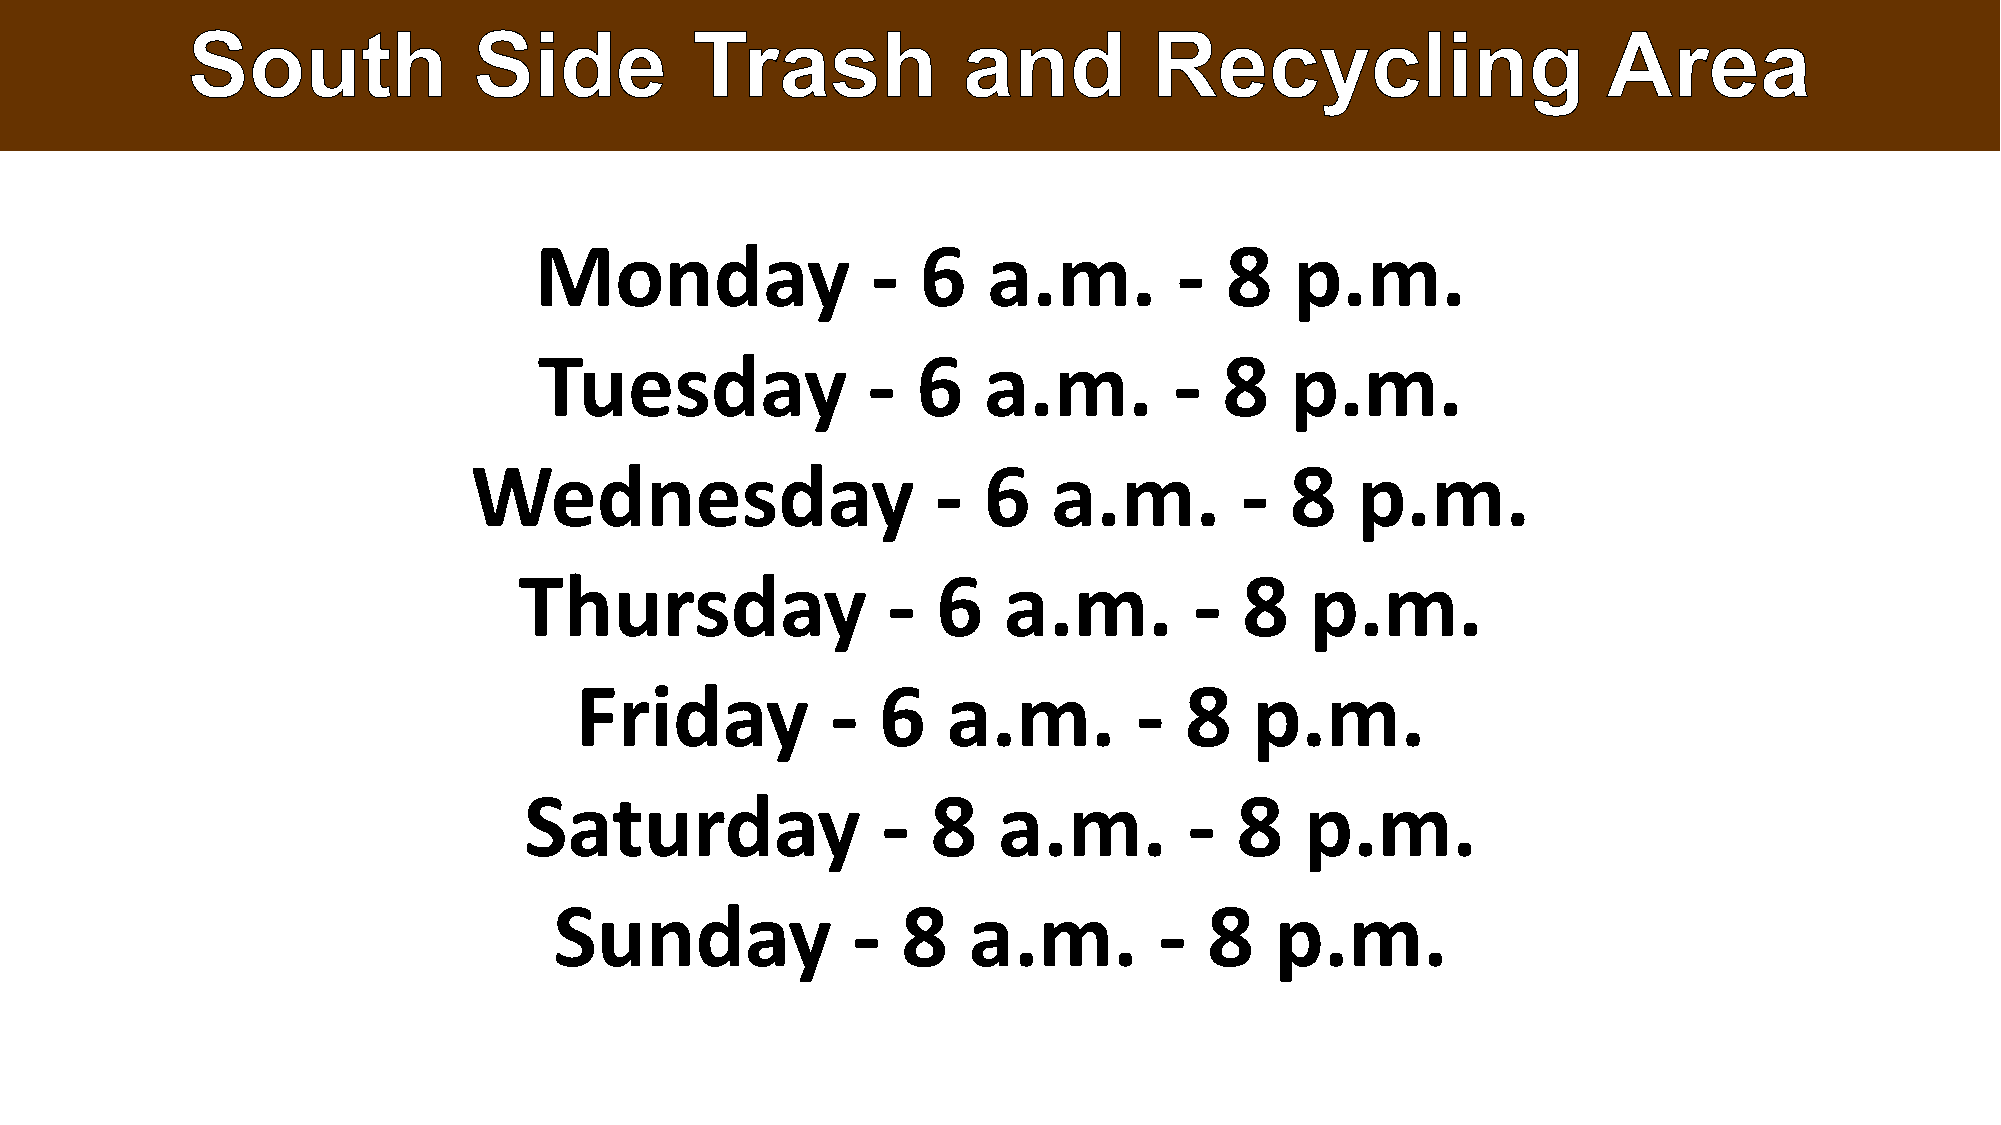
Monday                 -  6   a.m.         -  8    p.m.
 Tuesday              -   6   a.m.         -  8   p.m.
 Wednesday                      -  6    a.m.        -  8    p.m.
 Thursday                 -  6   a.m.         -  8    p.m.
 Friday           -  6    a.m.        -  8    p.m.
 Saturday               -   8   a.m.         -  8   p.m.
 Sunday             -   8   a.m.         -  8   p.m.